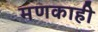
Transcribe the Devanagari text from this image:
मणकाही